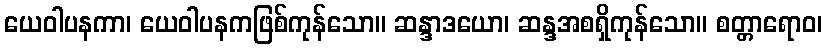
ယေဝါပနကာ၊ ယေဝါပနကဖြစ်ကုန်သော။ ဆန္ဒာဒယော၊ ဆန္ဒအစရှိကုန်သော။ စတ္တာရောဝ၊